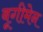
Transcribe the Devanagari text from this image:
बूगीमेन